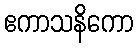
ဧကာသနိကော